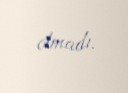
olmadı.